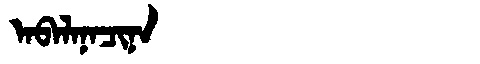
Manchu: ᠠᠪᠠᠯᠠᠨᠠᠴᡳᠨᠠ
Romanization: ABALANACINA